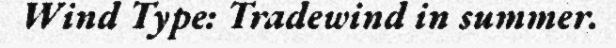
Wind Type: Tradewind in summer.